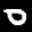
Label: 0